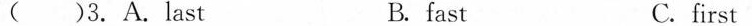
( )3. A.Last B. fast C.first